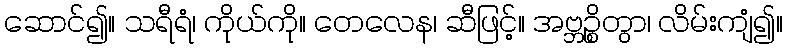
ဆောင်၍။ သရီရံ၊ ကိုယ်ကို။ တေလေန၊ ဆီဖြင့်။ အဗ္ဘဉ္စိတွာ၊ လိမ်းကျံ၍။